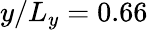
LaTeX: y/L_{y}=0.66